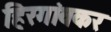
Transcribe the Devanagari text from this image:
हिरगांवकर